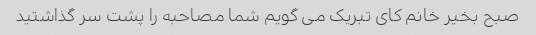
صبح بخیر خانم کای تبریک می گویم شما مصاحبه را پشت سر گذاشتید